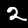
Digit: 2